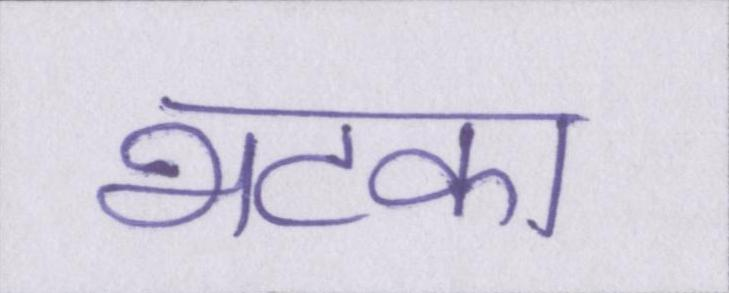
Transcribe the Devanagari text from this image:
भटका